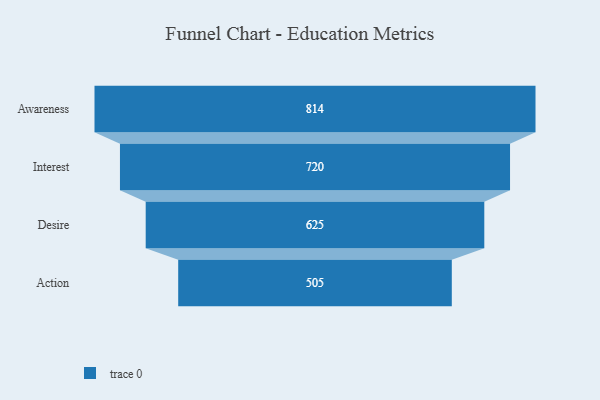
{"axis": {"x": "Stage", "y": "Value"}, "legend": [""], "data": [{"x": "Awareness", "y": 814.0, "type": ""}, {"x": "Interest", "y": 720.0, "type": ""}, {"x": "Desire", "y": 625.0, "type": ""}, {"x": "Action", "y": 505.0, "type": ""}]}